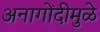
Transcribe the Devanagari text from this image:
अनागोंदीमुळे